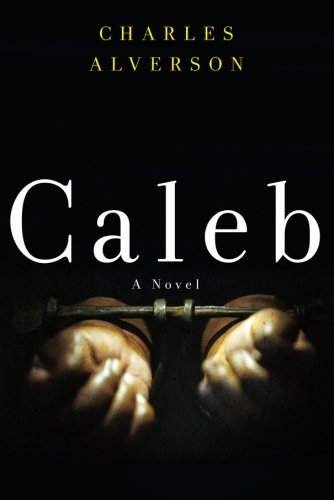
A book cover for Caleb; Charles Alverson; Literature & Fiction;